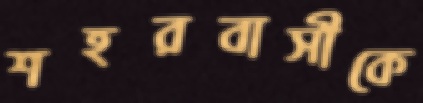
শহরবাসীকে